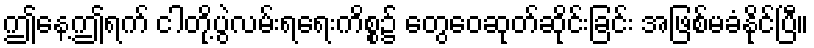
ဤနေ့ဤရက် ငါတို့ပွဲလမ်းရရေးကိစ္စ၌ တွေဝေဆုတ်ဆိုင်းခြင်း အဖြစ်မခံနိုင်ပြီ။